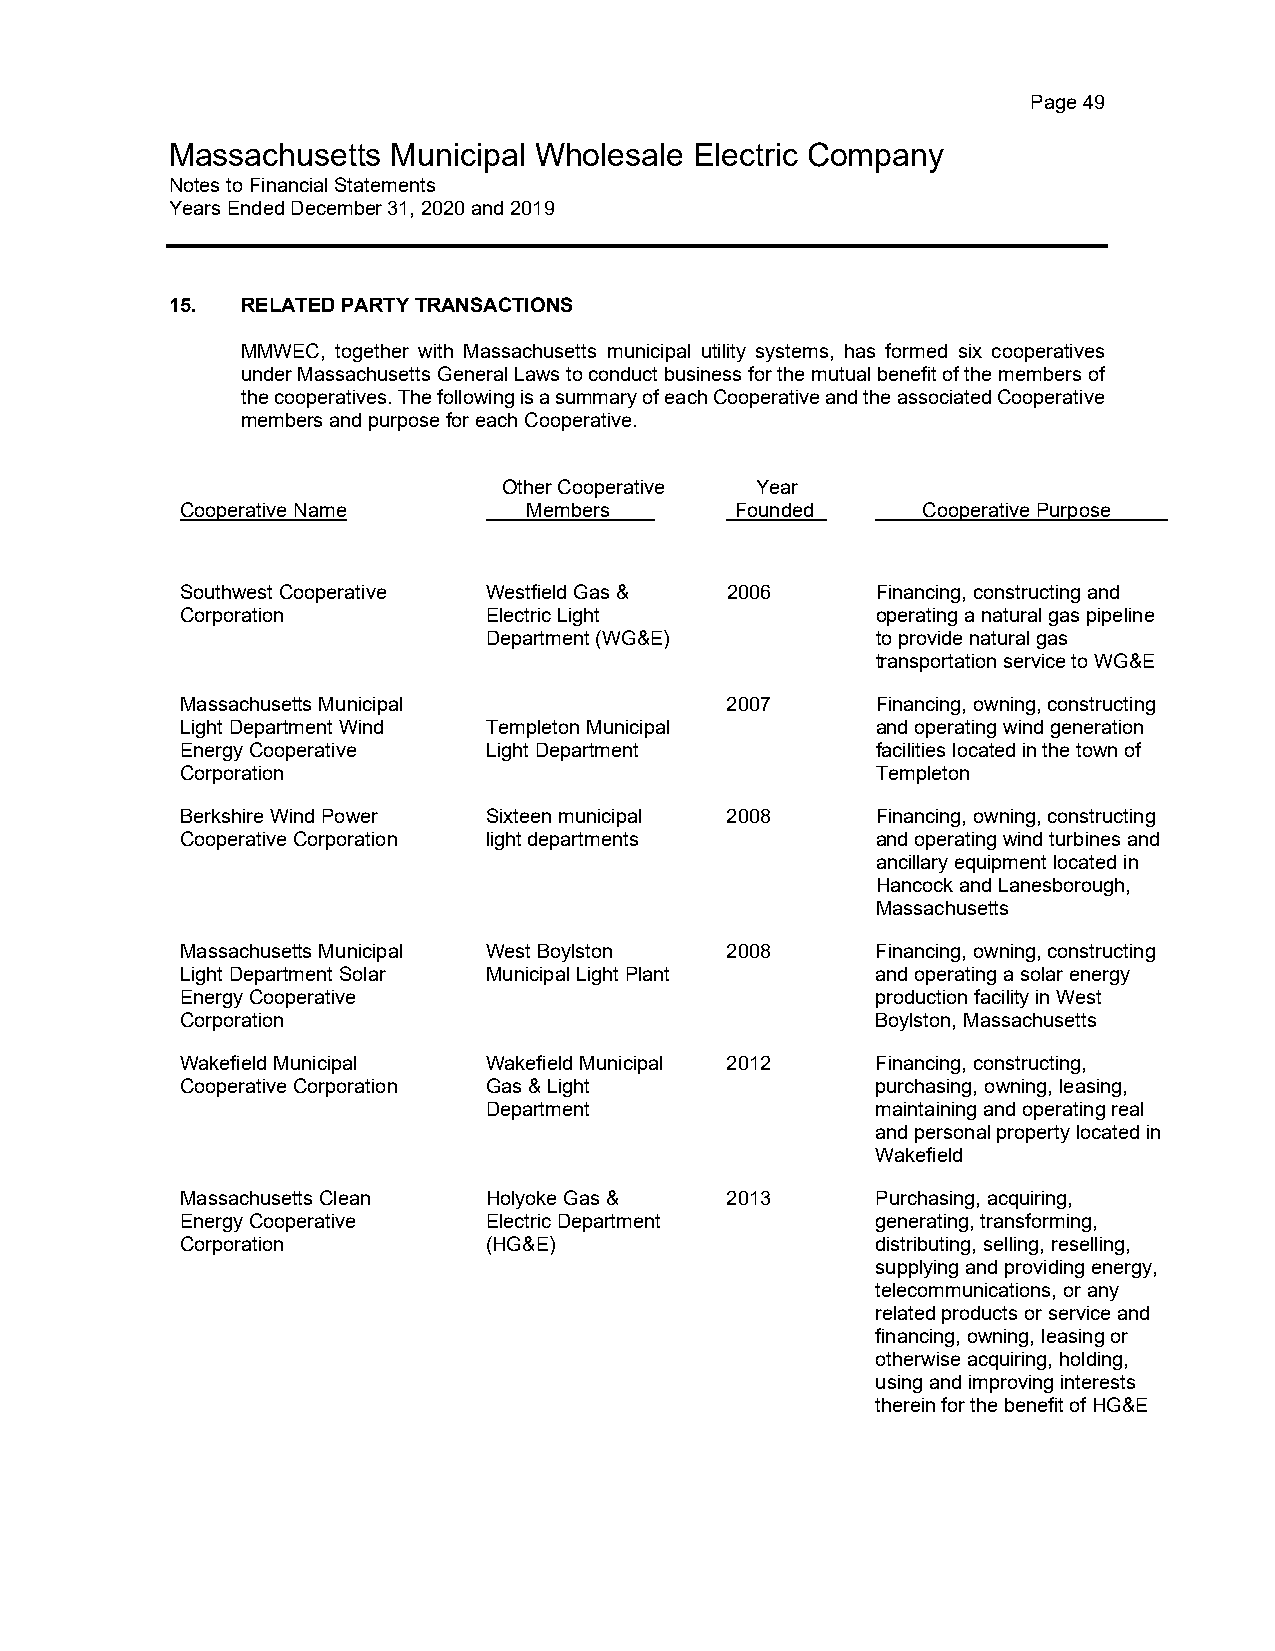
Page 49
 Massachusetts  Municipal Wholesale Electric Company
 Notes to Financial Statements
 Years Ended December 31, 2020 and 2019
 15.  RELATED PARTY TRANSACTIONS
 MMWEC, together with Massachusetts municipal utility systems, has formed six cooperatives
 under Massachusetts General Laws to conduct business for the mutual benefit of the members of
 the cooperatives. The following is a summary of each Cooperative and the associated Cooperative
 members and purpose for each Cooperative.
 Other Cooperative Year
 Cooperative Name       Members       Founded     Cooperative Purpose
 Southwest Cooperative Westfield Gas & 2006    Financing, constructing and
 Corporation         Electric Light            operating a natural gas pipeline
 Department (WG&E)         to provide natural gas
 transportation service to WG&E
 Massachusetts Municipal             2007      Financing, owning, constructing
 Light Department Wind Templeton Municipal     and operating wind generation
 Energy Cooperative  Light Department          facilities located in the town of
 Corporation                                   Templeton
 Berkshire Wind Power Sixteen municipal 2008   Financing, owning, constructing
 Cooperative Corporation light departments     and operating wind turbines and
 ancillary equipment located in
 Hancock and Lanesborough,
 Massachusetts
 Massachusetts Municipal West Boylston 2008    Financing, owning, constructing
 Light Department Solar Municipal Light Plant  and operating a solar energy
 Energy Cooperative                            production facility in West
 Corporation                                   Boylston, Massachusetts
 Wakefield Municipal Wakefield Municipal 2012  Financing, constructing,
 Cooperative Corporation Gas & Light           purchasing, owning, leasing,
 Department                maintaining and operating real
 and personal property located in
 Wakefield
 Massachusetts Clean Holyoke Gas &   2013      Purchasing, acquiring,
 Energy Cooperative  Electric Department       generating, transforming,
 Corporation         (HG&E)                    distributing, selling, reselling,
 supplying and providing energy,
 telecommunications, or any
 related products or service and
 financing, owning, leasing or
 otherwise acquiring, holding,
 using and improving interests
 therein for the benefit of HG&E